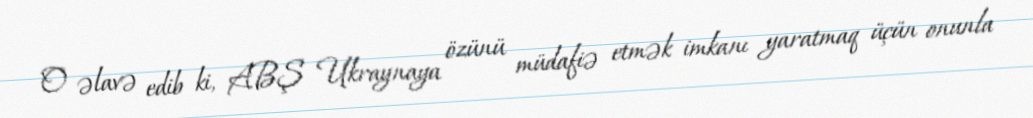
O əlavə edib ki, ABŞ Ukraynaya özünü müdafiə etmək imkanı yaratmaq üçün onunla